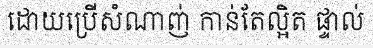
ដោយប្រើសំណាញ់ កាន់តែល្អិត ផ្ទាល់